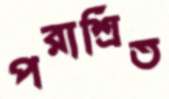
পরাশ্রিত